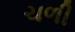
ચળી